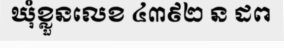
ឃុំខ្លួនលេខ ៤៣៩២ ន ដព